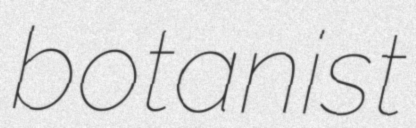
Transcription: botanist